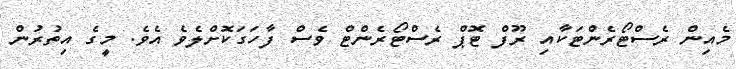
މެއިން ރެސްޓޯރެންޓަކާއި ރޫފް ޓޮޕް ރެސްޓޯރެންޓް ވެސް ފާހަގަކޮށްލެވެ އެވެ. މީގެ އިތުރުން